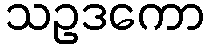
သဥဒကော